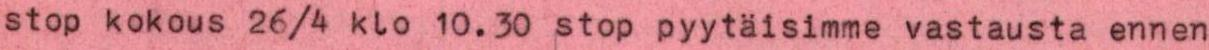
stop kokous 26/4 klo 10.30 stop pyytäisimme vastausta ennen